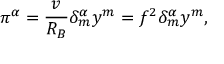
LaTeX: \pi ^ { \alpha } = \frac { v } { R _ { B } } \delta _ { m } ^ { \alpha } y ^ { m } = f ^ { 2 } \delta _ { m } ^ { \alpha } y ^ { m } ,